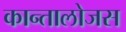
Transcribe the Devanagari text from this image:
कान्तालोजस